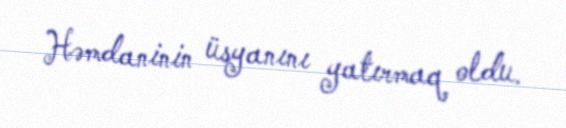
Həmdaninin üsyanını yatırmaq oldu.